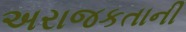
અરાજકતાની